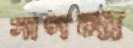
সাগনা